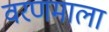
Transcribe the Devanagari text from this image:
वरणमाला